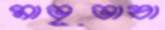
মাভৃভাষা